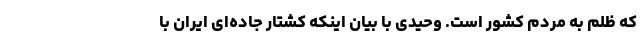
که ظلم به مردم کشور است. وحیدی با بیان اینکه کشتار جاده‌ای ایران با